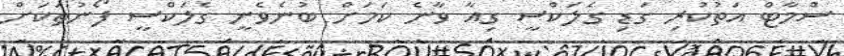
ސްމާޓް އަތުކުރި ގަޑި ގެލަކްސީ ގިއާ ވާނެ ކަމަށް ބުނެވެނީ ގެލަކްސީ ފޯނުތަކަށް